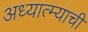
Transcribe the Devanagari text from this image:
अध्यात्म्याची